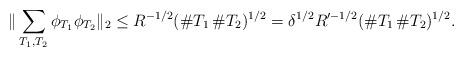
LaTeX: \begin{align*}\|\sum_{T_1,T_2}\phi_{T_1}\phi_{T_2}\|_{2} \leq R^{-1/2} (\# T_1\, \# T_2)^{1/2}= \delta^{1/2}R'^{-1/2} (\# T_1\, \# T_2)^{1/2}.\end{align*}